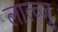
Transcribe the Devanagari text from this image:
लात्व्जू